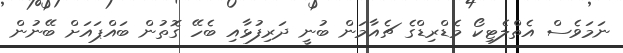
ނަމަވެސް އެތްލެޓިކޯ މެޑްރިޑްގެ ޗެއާމަން ބުނީ ދަރިފުޅާއި ބެހޭ ގޮތުން ބައްޕައަށް ބޭނުން